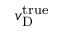
v _ { \mathrm { D } } ^ { \mathrm { t r u e } }